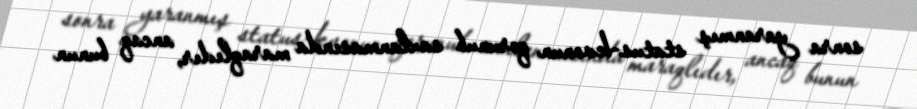
sonra yaranmış status-kvonun qorunub saxlanmasında maraqlıdır, ancaq bunun